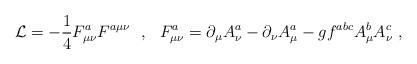
LaTeX: \begin{align*}{\cal L}=-\frac{1}{4}F^a_{\mu\nu}F^{a\mu\nu}\ \ ,\ \ F^a_{\mu\nu}=\partial_\mu A^a_\nu-\partial_\nu A^a_\mu-gf^{abc}A^b_\mu A^c_\nu\ ,\end{align*}